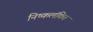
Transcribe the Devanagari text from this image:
निष्कलंकित